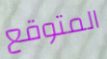
المتوقع